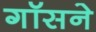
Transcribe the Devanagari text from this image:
गॉसने